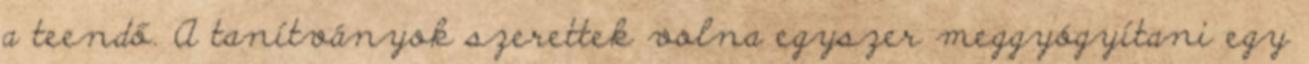
a teendő. A tanítványok szerettek volna egyszer meggyógyítani egy